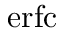
\mathrm { e r f c }